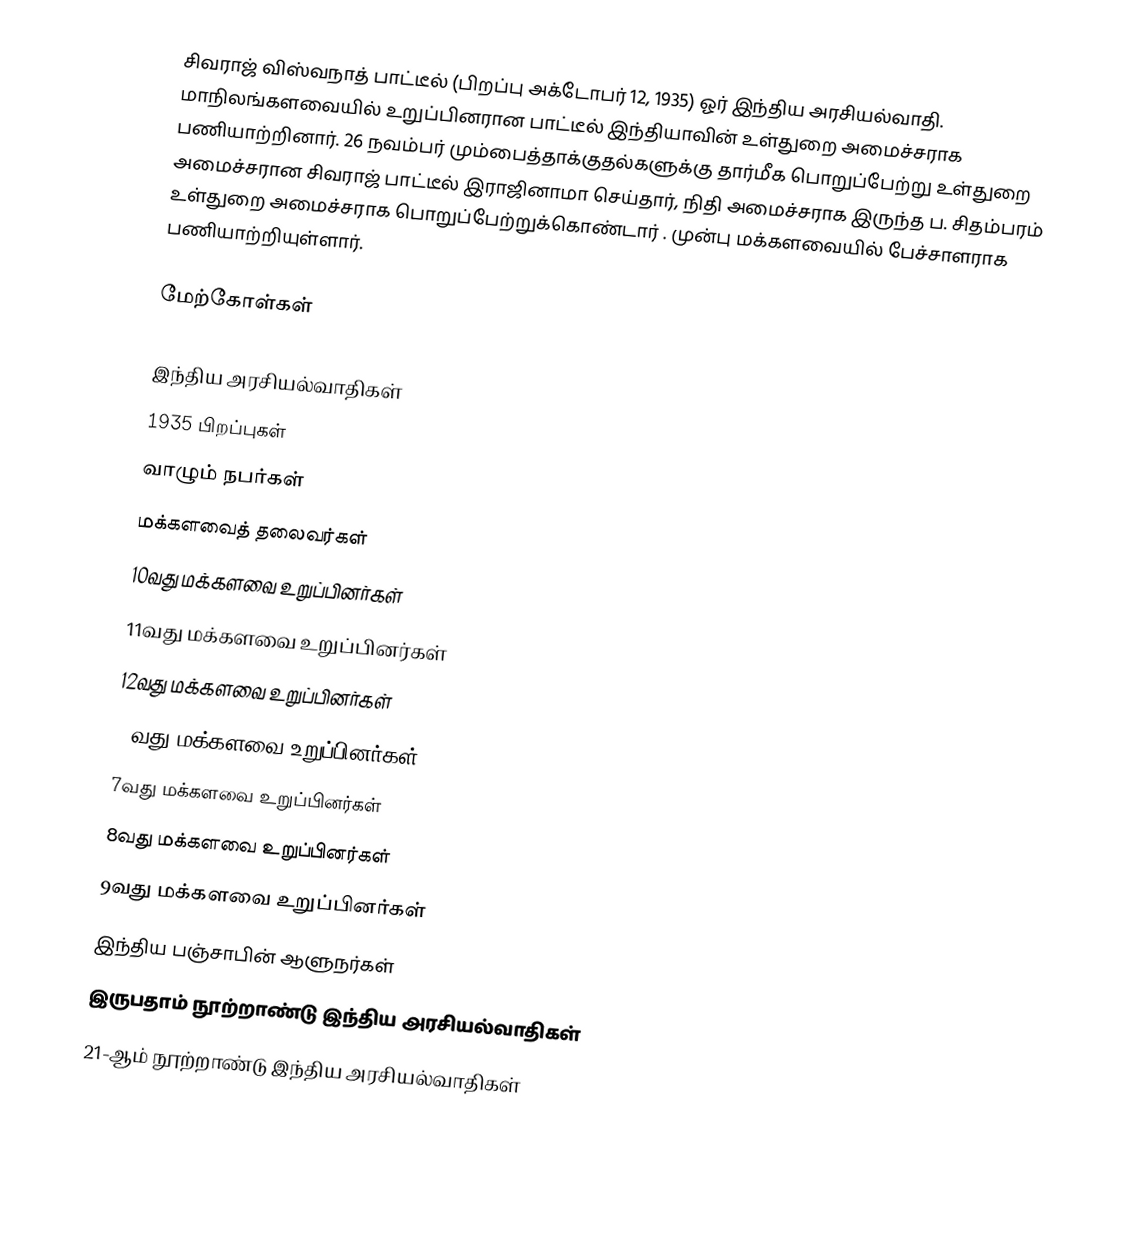
சிவராஜ் விஸ்வநாத் பாட்டீல் (பிறப்பு அக்டோபர் 12, 1935) ஓர் இந்திய அரசியல்வாதி. மாநிலங்களவையில் உறுப்பினரான பாட்டீல் இந்தியாவின் உள்துறை அமைச்சராக பணியாற்றினார். 26 நவம்பர் மும்பைத்தாக்குதல்களுக்கு தார்மீக பொறுப்பேற்று உள்துறை அமைச்சரான சிவராஜ் பாட்டீல் இராஜினாமா செய்தார், நிதி அமைச்சராக இருந்த ப. சிதம்பரம் உள்துறை அமைச்சராக பொறுப்பேற்றுக்கொண்டார் .  முன்பு மக்களவையில் பேச்சாளராக பணியாற்றியுள்ளார்.

மேற்கோள்கள்

இந்திய அரசியல்வாதிகள்
1935 பிறப்புகள்
வாழும் நபர்கள்
மக்களவைத் தலைவர்கள்
10வது மக்களவை உறுப்பினர்கள்
11வது மக்களவை உறுப்பினர்கள்
12வது மக்களவை உறுப்பினர்கள்
13வது மக்களவை உறுப்பினர்கள்
7வது மக்களவை உறுப்பினர்கள்
8வது மக்களவை உறுப்பினர்கள்
9வது மக்களவை உறுப்பினர்கள்
இந்திய பஞ்சாபின் ஆளுநர்கள்
இருபதாம் நூற்றாண்டு இந்திய அரசியல்வாதிகள்
21-ஆம் நூற்றாண்டு இந்திய அரசியல்வாதிகள்